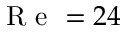
\mathrm { ~ R ~ e ~ } = 2 4